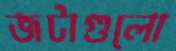
জটাগুলো